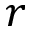
\boldsymbol { r }